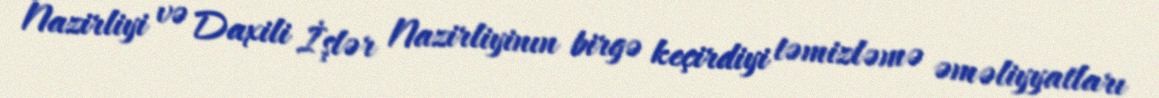
Nazirliyi və Daxili İşlər Nazirliyinın birgə keçirdiyi təmizləmə əməliyyatları